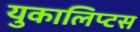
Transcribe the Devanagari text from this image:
युकालिप्टस